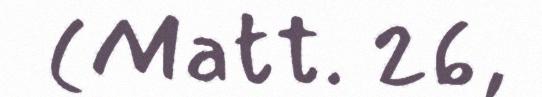
(Matt. 26,